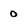
Character: 0